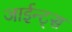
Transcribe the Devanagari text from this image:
जाईन्ट्स